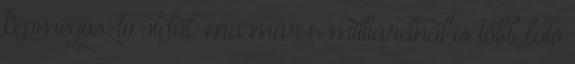
képmegosztó oldal: ma már 6 milliárdnál is több fotó